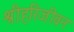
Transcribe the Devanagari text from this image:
श्रीहरिजीवन